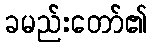
ခမည်းတော်၏